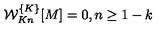
{ \cal W } _ { K n } ^ { \{ K \} } [ M ] = 0 , n \geq 1 - k